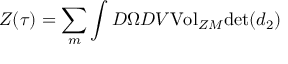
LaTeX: { \cal { Z } } ( \tau { } ) = \sum _ { m } \int { \cal { D } } \Omega { \cal { D } } V { \mathrm { V o l } } _ { Z M } { \mathrm { d e t } } ( d _ { 2 } )